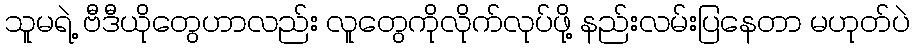
သူမရဲ့ ဗီဒီယိုတွေဟာလည်း လူတွေကိုလိုက်လုပ်ဖို့ နည်းလမ်းပြနေတာ မဟုတ်ပဲ